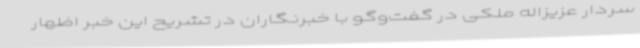
سردار عزیزاله ملکی در گفت‌وگو با خبرنگاران در تشریح این خبر اظهار